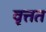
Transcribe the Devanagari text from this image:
वृत्तत